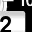
Digit: 2